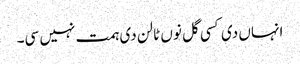
انہاں دی کسی گل نوں ٹالن دی ہمت نہیں سی۔